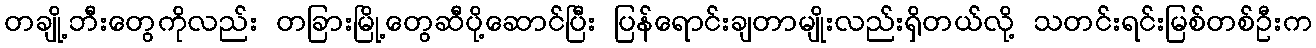
တချို့ဘီးတွေကိုလည်း တခြားမြို့တွေဆီပို့ဆောင်ပြီး ပြန်ရောင်းချတာမျိုးလည်းရှိတယ်လို့ သတင်းရင်းမြစ်တစ်ဦးက